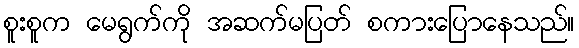
စူးစူက မေရွက်ကို အဆက်မပြတ် စကားပြောနေသည်။